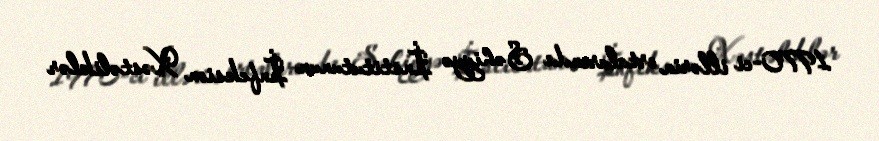
1970-ci illərin ortalarında Səhiyyə İnstitutunun İnfeksion Xəstəliklər